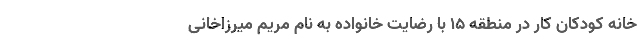
خانه کودکان کار در منطقه ۱۵ با رضایت خانواده به نام مریم میرزاخانی